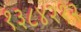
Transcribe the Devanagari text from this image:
१३८४२१२